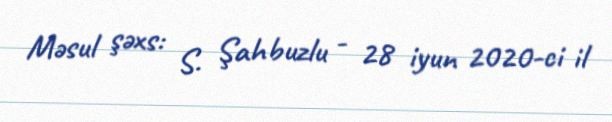
Məsul şəxs: S. Şahbuzlu - 28 iyun 2020-ci il